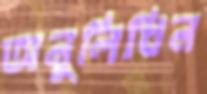
অনুলিখিন